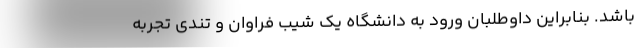
باشد. بنابراین داوطلبان ورود به دانشگاه یک شیب فراوان و تندی تجربه